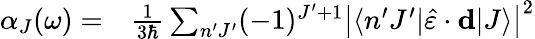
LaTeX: \begin{array}{rl}{\alpha_{J}(\omega)=}&{{}\frac{1}{3\hbar}\sum_{n^{\prime}J^{\prime}}(-1)^{J^{\prime}+1}\left|\langle n^{\prime}J^{\prime}|\hat{\varepsilon}\cdot\mathbf{d}|J\rangle\right|^{2}}\end{array}